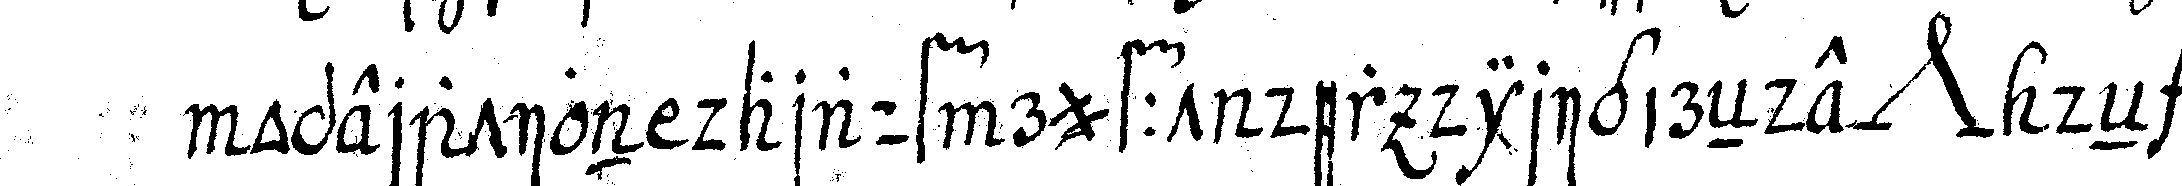
operation darauf rufft der dirigireNde *nee* deN can